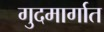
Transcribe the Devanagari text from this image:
गुदमार्गात